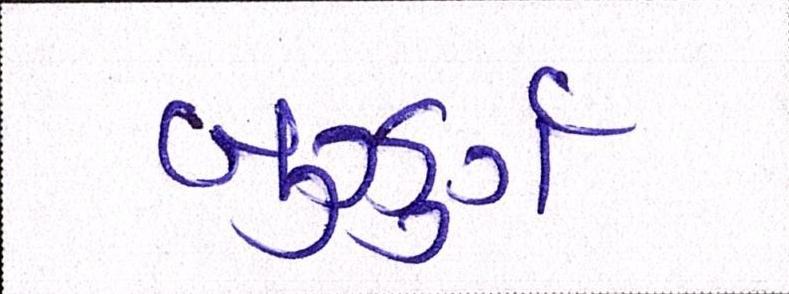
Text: બુઝુર્ગ